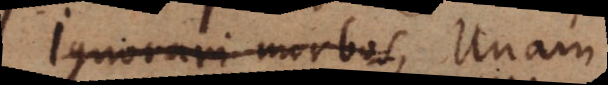
Ignorari morbos, Unam